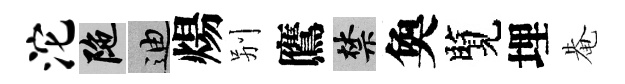
沱陀迪煬别鷹禁奐覽埋𤲅